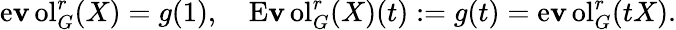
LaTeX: \operatorname{e\mathbf{v}ol}_{G}^{r}(X)=g(1),\quad\operatorname{E\mathbf{v}ol}_{G}^{r}(X)(t):=g(t)=\operatorname{e\mathbf{v}ol}_{G}^{r}(tX).